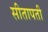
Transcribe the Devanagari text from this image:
सीतापती